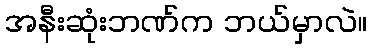
အနီးဆုံးဘဏ်က ဘယ်မှာလဲ။